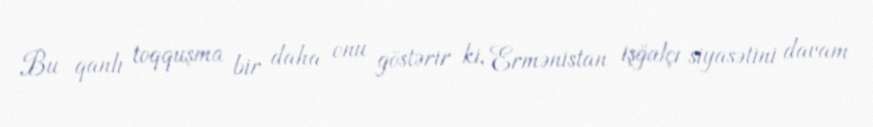
Bu qanlı toqquşma bir daha onu göstərir ki, Ermənistan işğalçı siyasətini davam